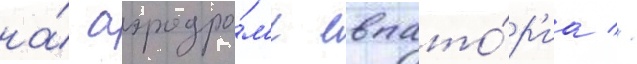
на́ аэродро́м'е евпато́р'иа //